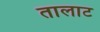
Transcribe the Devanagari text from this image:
तालाट